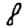
Digit: 8